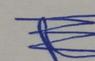
Signature authenticity: genuine